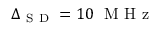
\Delta _ { \mathrm { ~ S ~ D ~ } } = 1 0 ~ \mathrm { ~ M ~ H ~ z ~ }